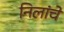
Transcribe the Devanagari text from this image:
निलांचे